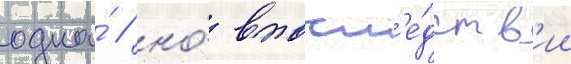
одна́ / но́ впосл'е́дств'ии